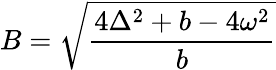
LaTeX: B=\sqrt{\frac{4\Delta^{2}+b-4\omega^{2}}{b}}